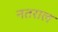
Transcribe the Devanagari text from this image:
नतराल